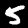
Digit: 5